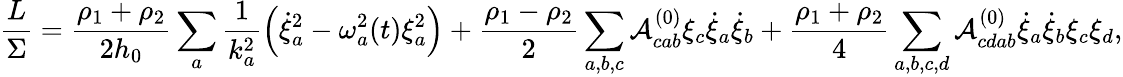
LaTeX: \frac{L}{\Sigma}=\frac{\rho_{1}+\rho_{2}}{2h_{0}}\sum_{a}\frac{1}{k_{a}^{2}}\left(\dot{\xi}_{a}^{2}-\omega_{a}^{2}(t)\xi_{a}^{2}\right)+\frac{\rho_{1}-\rho_{2}}{2}\sum_{a,b,c}\mathcal{A}_{cab}^{(0)}\xi_{c}\dot{\xi}_{a}\dot{\xi}_{b}+\frac{\rho_{1}+\rho_{2}}{4}\sum_{a,b,c,d}\mathcal{A}_{cdab}^{(0)}\dot{\xi}_{a}\dot{\xi}_{b}\xi_{c}\xi_{d},